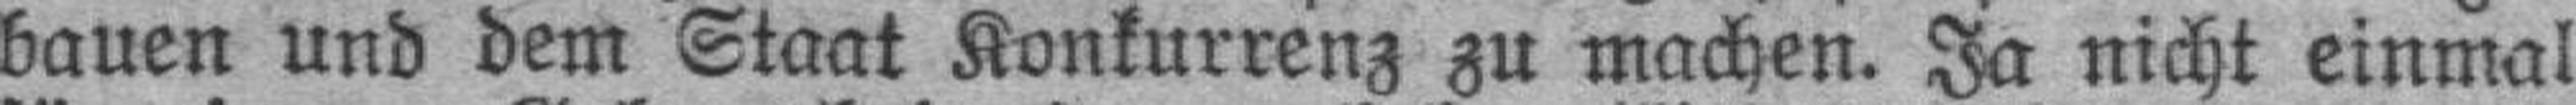
bauen und dem Staat Konkurrenz zu machen. Ja nicht einmal